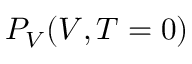
P _ { V } ( V , T = 0 )